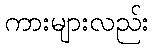
ကားများလည်း